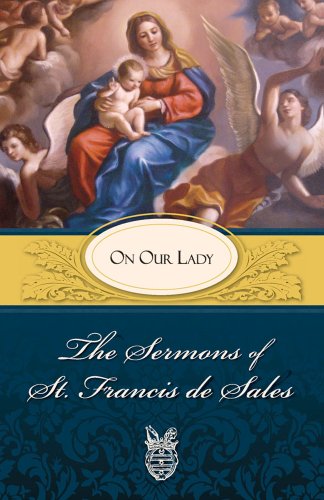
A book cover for The Sermons of St. Francis de Sales: On Our Lady (Volume II); St. Francis of Sales; Christian Books & Bibles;